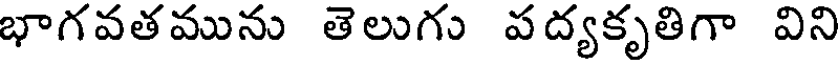
భాగవతమును తెలుగు పద్యకృతిగా విని